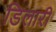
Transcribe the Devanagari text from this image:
डिलारी